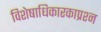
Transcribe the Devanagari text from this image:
विशेषाधिकारकाप्रश्न